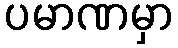
ပမာဏမှာ